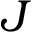
J